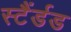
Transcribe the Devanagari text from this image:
स्टैंर्डड